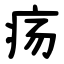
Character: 疡